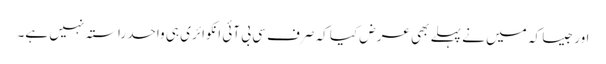
اور جیسا کہ میں نے پہلے بھی عرض کیا کہ صرف سی بی آئی انکوائری ہی واحد راستہ نہیں ہے۔